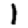
Digit: 1